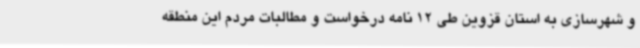
و شهرسازی به استان قزوین طی 12 نامه درخواست و مطالبات مردم این منطقه